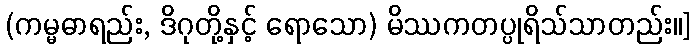
(ကမ္မဓာရည်း, ဒိဂုတို့နှင့် ရောသော) မိဿကတပ္ပုရိသ်သာတည်း။]